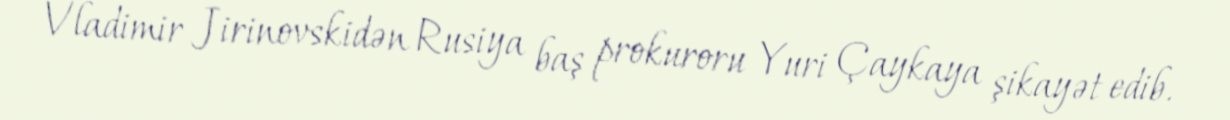
Vladimir Jirinovskidən Rusiya baş prokuroru Yuri Çaykaya şikayət edib.